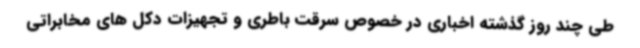
طی چند روز گذشته اخباری در خصوص سرقت باطری و تجهیزات دکل های مخابراتی